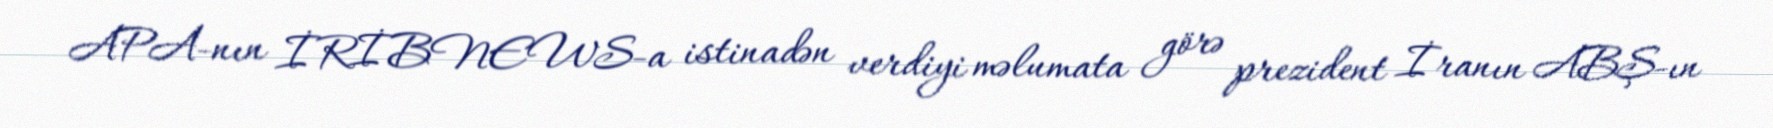
APA-nın İRİBNEWS-a istinadən verdiyi məlumata görə prezident İranın ABŞ-ın